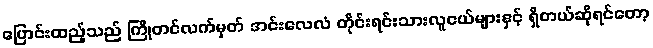
ပြောင်းထည့်သည် ကြိုတင်လက်မှတ် အင်းလေလံ တိုင်းရင်းသားလူငယ်များနှင့် ရှိတယ်ဆိုရင်တော့